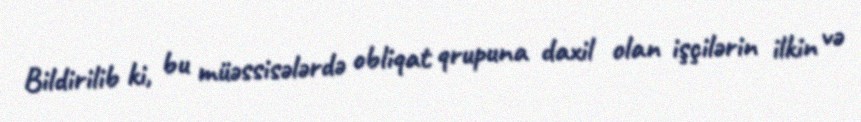
Bildirilib ki, bu müəssisələrdə obliqat qrupuna daxil olan işçilərin ilkin və